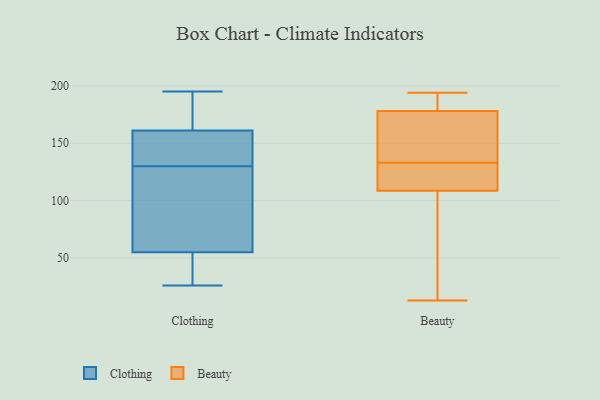
{"axis": {"x": "Revenue (USD Million)", "y": "Value"}, "legend": ["Beauty", "Clothing"], "data": [{"x": "", "y": 130, "type": "Clothing"}, {"x": "", "y": 126, "type": "Clothing"}, {"x": "", "y": 195, "type": "Clothing"}, {"x": "", "y": 42, "type": "Clothing"}, {"x": "", "y": 58, "type": "Clothing"}, {"x": "", "y": 139, "type": "Clothing"}, {"x": "", "y": 159, "type": "Clothing"}, {"x": "", "y": 151, "type": "Clothing"}, {"x": "", "y": 26, "type": "Clothing"}, {"x": "", "y": 114, "type": "Clothing"}, {"x": "", "y": 167, "type": "Clothing"}, {"x": "", "y": 194, "type": "Clothing"}, {"x": "", "y": 46, "type": "Clothing"}, {"x": "", "y": 145, "type": "Beauty"}, {"x": "", "y": 129, "type": "Beauty"}, {"x": "", "y": 181, "type": "Beauty"}, {"x": "", "y": 175, "type": "Beauty"}, {"x": "", "y": 109, "type": "Beauty"}, {"x": "", "y": 191, "type": "Beauty"}, {"x": "", "y": 131, "type": "Beauty"}, {"x": "", "y": 194, "type": "Beauty"}, {"x": "", "y": 35, "type": "Beauty"}, {"x": "", "y": 27, "type": "Beauty"}, {"x": "", "y": 111, "type": "Beauty"}, {"x": "", "y": 192, "type": "Beauty"}, {"x": "", "y": 168, "type": "Beauty"}, {"x": "", "y": 108, "type": "Beauty"}, {"x": "", "y": 13, "type": "Beauty"}, {"x": "", "y": 135, "type": "Beauty"}]}